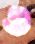
ভ